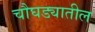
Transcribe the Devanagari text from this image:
चौघड्यातील